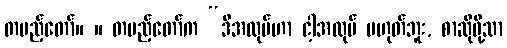
တပည့်တော်။ ။ တပည့်တော်က “ဒီအလုပ်ဟာ ငါ့အလုပ် မဟုတ်ဘူး, စာဆိုဖို့သာ